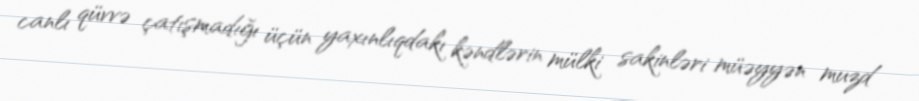
canlı qüvvə çatışmadığı üçün yaxınlıqdakı kəndlərin mülki sakinləri müəyyən muzd